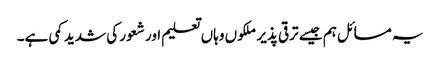
یہ مسائل ہم جیسے ترقی پذیر ملکوں وہاں تعلیم اور شعور کی شدید کمی ہے۔